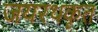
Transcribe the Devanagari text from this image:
जयरथकृत